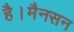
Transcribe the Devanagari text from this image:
है।मैनसन